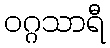
ဝဂ္ဂသာရီ